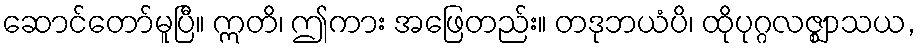
ဆောင်တော်မူပြီ။ ဣတိ၊ ဤကား အဖြေတည်း။ တဒုဘယံပိ၊ ထိုပုဂ္ဂလဇ္ဈာသယ,